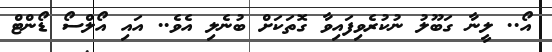
އޯ.. ލީނާ ގަބޫލު ނުކުރެވިފައިވާ ގޮތަކަށް ބުނެލި އެވެ.. އައި އޯލްސޯ ޑޯންޓް